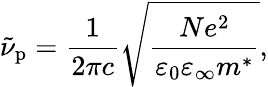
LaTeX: \tilde{\nu}_{\mathrm{p}}=\frac{1}{2\pi c}\sqrt{\frac{Ne^{2}}{\varepsilon_{0}\varepsilon_{\infty}m^{*}}},